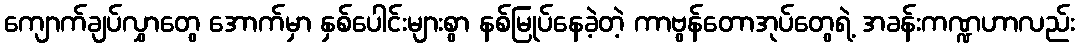
ကျောက်ချပ်လွှာတွေ အောက်မှာ နှစ်ပေါင်းများစွာ နစ်မြုပ်နေခဲ့တဲ့ ကာဗွန်တောအုပ်တွေရဲ့ အခန်းကဏ္ဍဟာလည်း